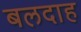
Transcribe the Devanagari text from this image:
बलदाह